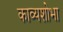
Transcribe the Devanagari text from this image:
काव्यशोभा